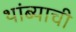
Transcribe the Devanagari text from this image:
थांब्याची